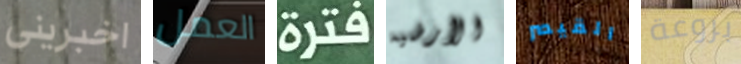
اخبرينى العمل فترة الأرضيه القيصر بروعة